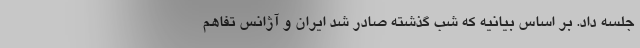
جلسه داد. بر اساس بیانیه که شب گذشته صادر شد ایران و آژانس تفاهم